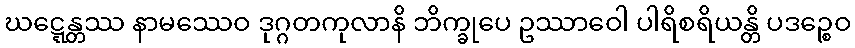
ဃဋ္ဋေန္တဿ နာမဿေဝ ဒုဂ္ဂတကုလာနိ ဘိက္ခုပေ ဥဿာဝေါ ပါရိစရိယန္တိ ပဒဉ္စေဝ